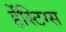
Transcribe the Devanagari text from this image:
हेंस्टिग्स